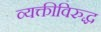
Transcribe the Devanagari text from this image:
व्यक्तीविरुद्ध